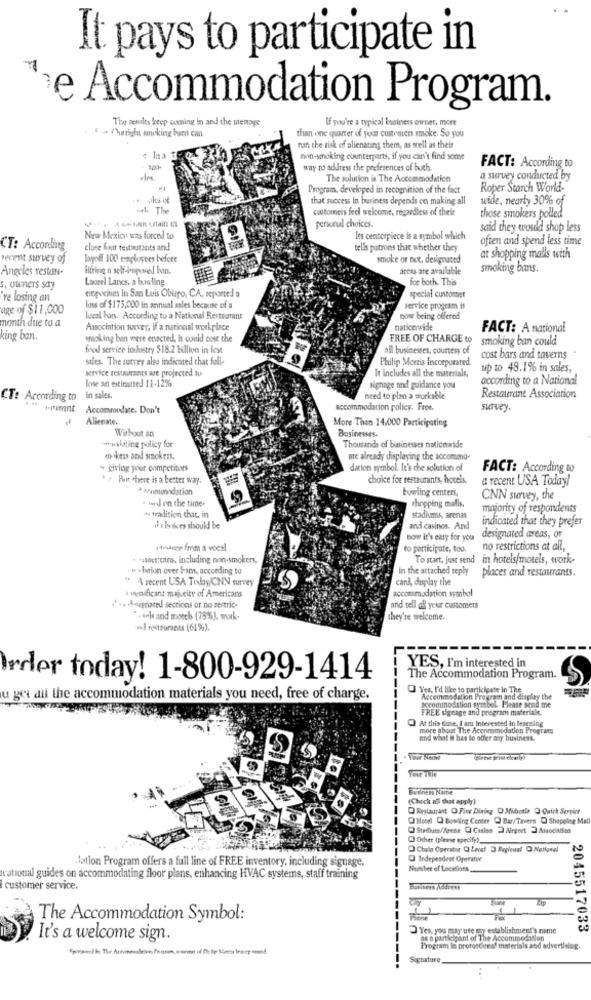
It pays to participate in
se Accommodation Program.
Tiwe zefalts keep coming in and the memags
If you're a typical business owner, more
. 4 - Ouright unking buns can
than one quarter of your customers smoke. So you
ran the risk of alienating them, as well as theit
non-smoking counterparts, if you can't find some
way to address the preferences of both
FACT: According to
The solution is The Accommodation
a survey conducted by
Program, developed in recognition of the fact
Roper Starch World-
that success in business depends on making all
wide, nearly 30% of
-el. The
customers feel welcome, regardless of their
personal choices.
those smokers polled
said they would shop less
New Mexico was forced to
les centerpiece is a symbol which
often and spend less time
CT: According
close fout testatants and
cells patrons that whether they
vevent survey of
layoff 100 teplopees before
smoke or not, designated
at shopping malls with
Angeles restan-
infring a self-imposed ban.
areas are available
smoking bans.
Laurel Lancs. a bowling
for both. This
s, owners say
re losing an
cinqorium In San Luis Obbligo, CA, reported a
special cusconner
age of $11,000
loss of $175,000 in annual sales because of a
service program is
month due to a
lucal han. According to a National Restaurant
now being offered
Association survey, if a national workplace
nationwide
FACT: A national
king ban.
smoking ban were enacted, It could cost the
FREE OF CHARGE to
smoking ban could
food service ichostry $18.2 billion in lest
ail businesses, courtesy of
sales. The survey also indicated that fuli-
Philip Morris Incorporated.
cost bars and taverns
sevice restaurants are projected wu
It Includes all the materials,
up to 48.1% in sales,
lote an estimated 11-12%
according to a National
signage and guidance you
CT: According to
in sales.
need to plan a workable
Restaurant Association
Accommodate. Don't
accommodation policy. Free.
survey.
Alienate.
More Than 14,000 Participating
Without an
Businesses.
wowskating policy for
Thousands of businesses nationwide
«-kess and smokess.
are already displaying the accommo-
- giving pour competitors
datien symbol. It's the solution of
FACT: According to
* + But there is a better way.
choice for restaurants, hotels,
a recent USA Today!
*** omunndation
bowling centers,
. ised on the time-
CNN survey, the
shopping malls.
majority of respondents
* tradition that, in
stadiums, arenas
indicated that they prefer
il . baskces should be
and casinos. And
now it's easy for you
designated areas, or
to participate, too. no restrictions at all,
. her:cans, including non-smokers,
To start, just send in hotels/motels, work-
. . . haion over bant, according to
in the attached reply places and restaurants.
" A recent USA Tisdag/CNN survey
cand, display the
: wwnificant majucity of Americans
accommodation symbol
.... Aipnated secricos or no restric-
and tell all your customers
"-arle and moreh (75%), work-
they're welcome.
vad restaurants (61%).
YES, I'm interested in
order today! 1-800-929-1414
The Accommodation Program.
O Ves, I'd like to participate in The
u get all the accommodation materials you need, free of charge.
Accommodation Program and display the
Decominodation syasbol. Please send me
FREE signage and program materiale.
At this time, I am interested in learning
more about The Accommodation Program
and what it has to offer my business.
Your Nemt
(pieter print clearly
Budiness Name
(Chock all that apply)
Q Restaurant O Fine Dining O Microtle O Quich Serviet
Q Hotel Q Bowling Center Q Bar/Tavers @ Shopping Mall
Stadiums/Acena C Caste 2 Airgnet 2 Association
Other (please specify)_
O Indepesdret Operator
lation Program offers a full line of FREE inventory, including signage.
Nseber ef Locaties
rational guides on accommodating floor plans, enhancing HVAC systems, staff training
customer service.
The Accommodation Symbol:
Yes, you may use my establishment's name
2045517033
It's a welcome sign.
as a participant of The Accommodation
queweek: The Acvanoulere form, canon ofhelp thea Inocon)
Program In protosCices! materials and advertising.
Signature